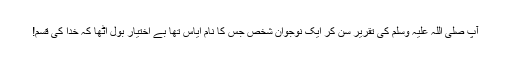
آپ صلی اللہ علیہ وسلم کی تقریر سن کر ایک نوجوان شخص جس کا نام اِیَاسْ تھا بے اختیار بول اٹھا کہ خدا کی قسم!